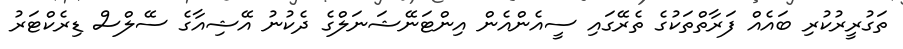
ތަގުރީރުކުރި ބައެއް ފަރާތްތަކުގެ ތެރޭގައި ސީއެންއެން އިންޓަނޭޝަނަލްގެ ދެކުނު އޭޝިއާގެ ސޭލްސް ޑިރެކްޓަރު